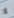
لا